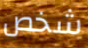
شخص